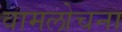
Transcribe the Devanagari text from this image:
वामलोचना